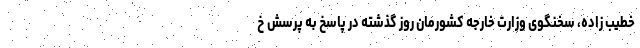
خطیب زاده، سخنگوی وزارت خارجه کشورمان روز گذشته در پاسخ به پرسش خ